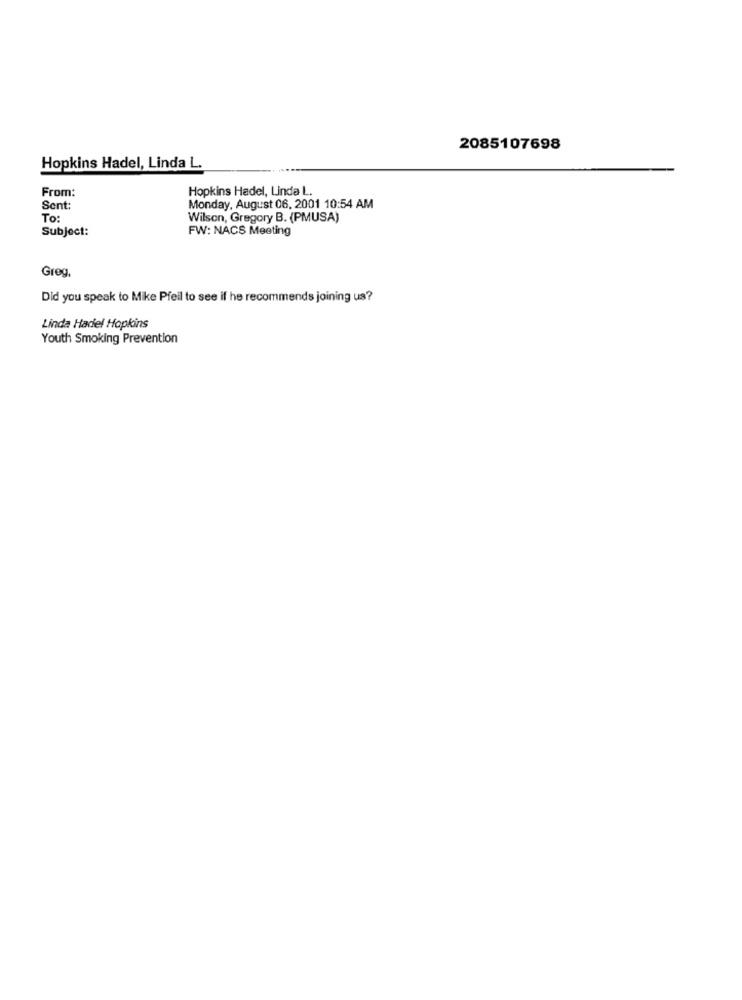
2085107698
Hopkins Hadel, Linda L.
From:
Hopkins Hadel, Linda L.
Sent:
Monday, August 06, 2001 10:54 AM
To:
Wilson, Gregory B. (PMUSA)
Subject:
FW: NACS Meeting
Greg,
Did you speak to Mike Pfeil to see if he recommends joining us?
Linda Hadel Hopkins
Youth Smoking Prevention